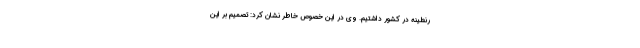
رنطینه در کشور داشتیم. وی در این خصوص خاطر نشان کرد: تصمیم بر این